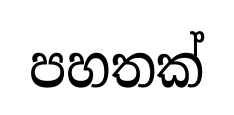
පහතක්